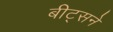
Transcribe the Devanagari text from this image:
बीट्सने